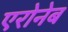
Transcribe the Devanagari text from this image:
एरोनेब